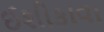
ઈશીકાવા